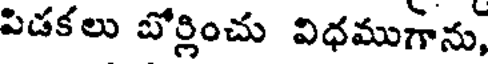
పిడకలు బోర్లించు విధముగాను,